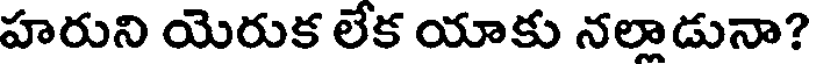
హరుని యెరుక లేక యాకు నల్లాడునా?